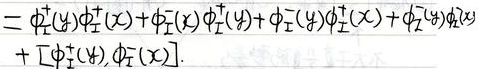
\[
\phi_{+}^{\dagger}(y)\phi_{+}^{\dagger}(x)+\phi_{-}^{\dagger}(x)\phi_{+}^{\dagger}(y)+\phi_{-}^{\dagger}(y)\phi_{-}^{\dagger}(x)+\phi_{-}^{\dagger}(x)\phi_{+}(x)+[\phi_{+}^{\dagger}(y),\phi_{-}^{\dagger}(x)]
\]